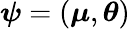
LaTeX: \boldsymbol{\psi}=(\boldsymbol{\mu},\boldsymbol{\theta})